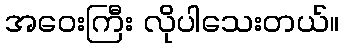
အဝေးကြီး လိုပါသေးတယ်။